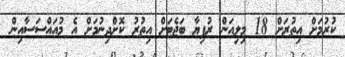
ކުރުމަށް އިތުރަށް 18 މިލިއަން ރުފިޔާ ބަޖެޓަށް އިތުރު ކޮށްދިނުމަށް އެ މުއައްސަސާއިން